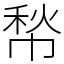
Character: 㡑